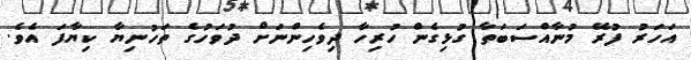
އަހަރު ފުރޭ މުނާއްސަބަތާ ގުޅިގެން ހުރިހާ ދިވެހިންނަށް ދުވަހުގެ ތަހުނިޔާ ކިޔާފަ އެވެ.